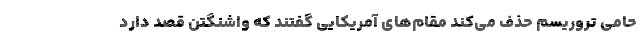
حامی تروریسم حذف می‌کند مقام‌های آمریکایی گفتند که واشنگتن قصد دارد